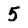
Character: 5